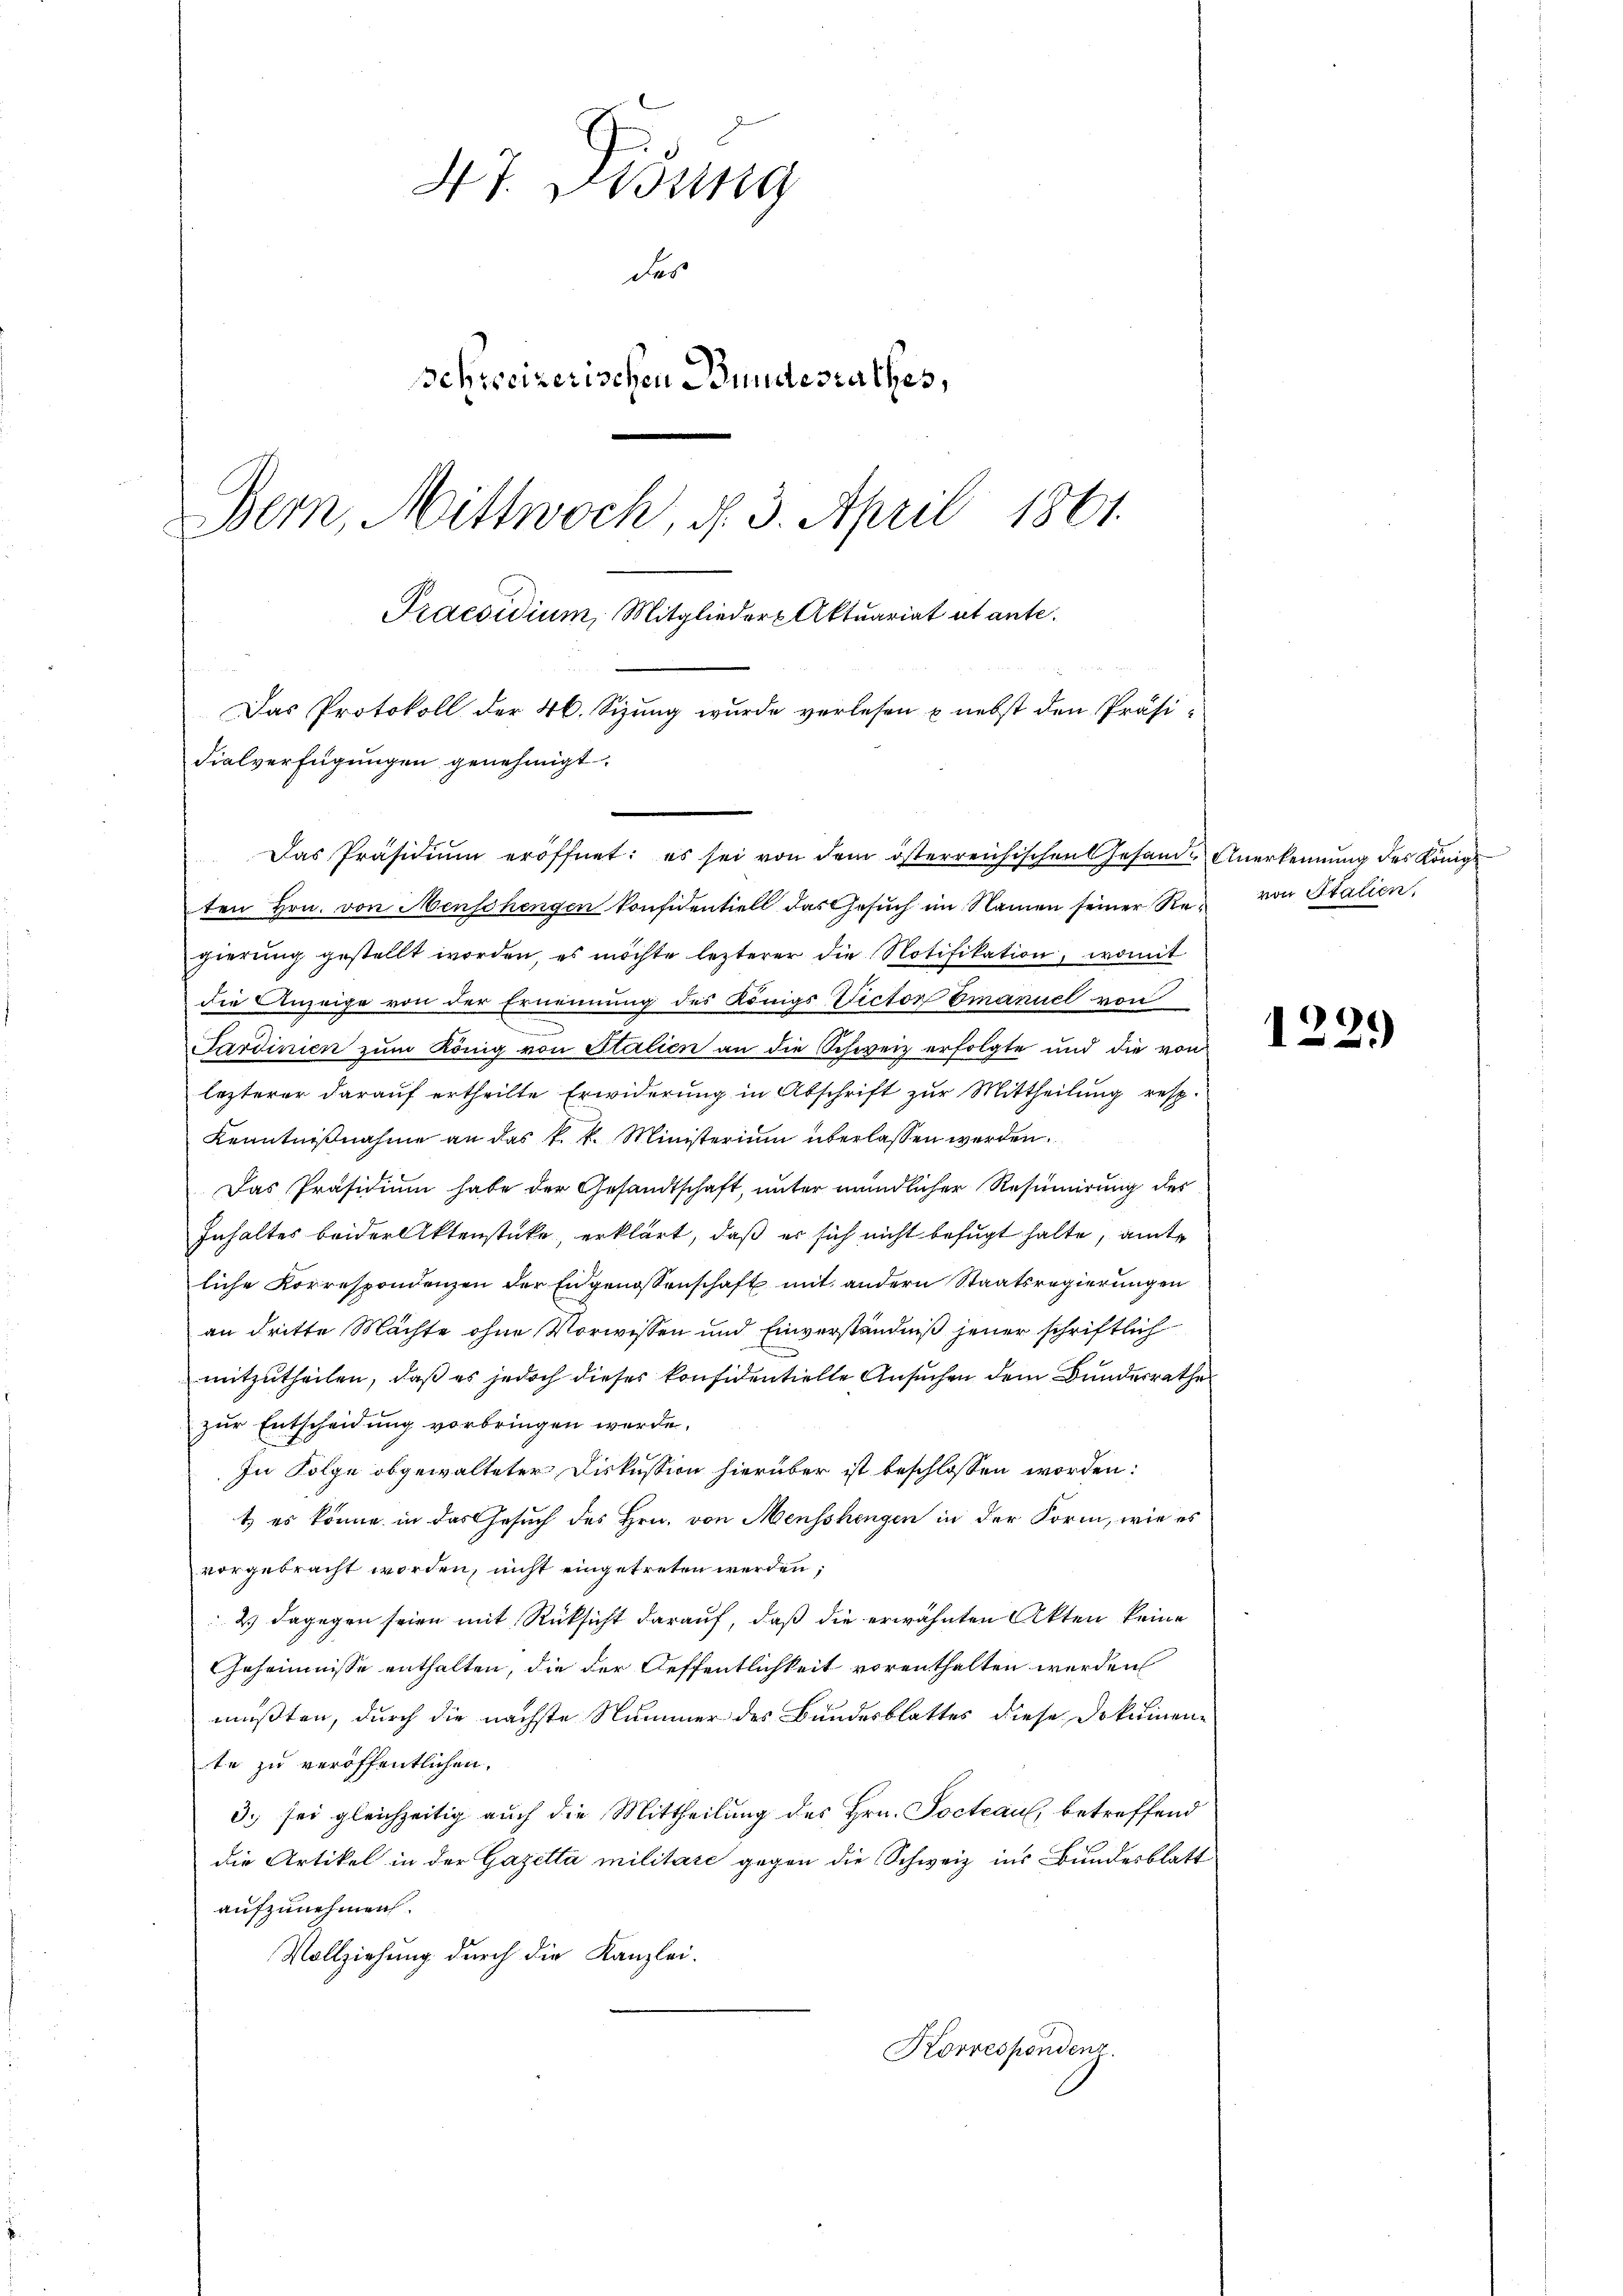
47. Lesung
des
Schweizerischen Bundesrathes,
Bern, Mittwoch, d. 3. April 1861.
Praesidium, Mitglieder Aktuariat et ante.
Das Protokoll der 46. Sizung wurde verlesen & nebst den Präsi
dialverfügungen genehmigt.

ten Hrn. von Menschengen konfidentiell das Gesuch im Namen seiner Regierung gestellt worden, es möchte lezterer die Notifikation, womit
die Anzeige von der Ernennung des Königs Victor Emanuel von
.
Sardinien zum König von Stalien an die Schweiz erfolgte und die von
lezterer darauf ertheilte Erwiderung in Abschrift zur Mittheilung resp.
Kenntnißnahme an das k. k. Ministerium überlassen werden,
Das Präsidium habe der Gesandtschaft, unter mündlicher Resumierung des
Inhaltes beider Aktenstücke, erklärt, daß er sich nicht befugt halte, amt
liche Korrespondenzen der Engenossenschaft mit andern Staatsregierungen
an dritte Machte ohne Vorwissen und Einverständniß jener schriftlich
mitzutheilen, daß es jedoch dieser konsidentielle Ansuchen dem Bundesrathe
zur Entscheidung vorbringen werde.
In Folge obgewalteter Diskussion hierüber ist beschlossen worden:
t es könne in das Gesuch des Hrn. von Menschengen in der Form, wie es
vorgebracht worden, nicht eingetreten werden,
2) dagegen seien mit Rücksicht darauf, daß die erwähnten Akten keine
Geheimnisse enthalten, die der Oeffentlichkeit vorenthalten werden
müßten, durch die nächste Nummer des Bundesblattes diese Dokumente zu veröffentlichen.
3.) sei gleichzeitig auch die Mittheilung des Hrn. Pocteau, betreffend
die Artikel in der Gazetta militare gegen die Schweiz ins Bundesblatt
aufzunehmen.
Vollziehung durch die Kanzlei-
Korrespondenz.

Das Präsidiŭm eröffnet: es sei von dem österreichischen Gesand. Anerkennung des Königl

von Italien.

1229